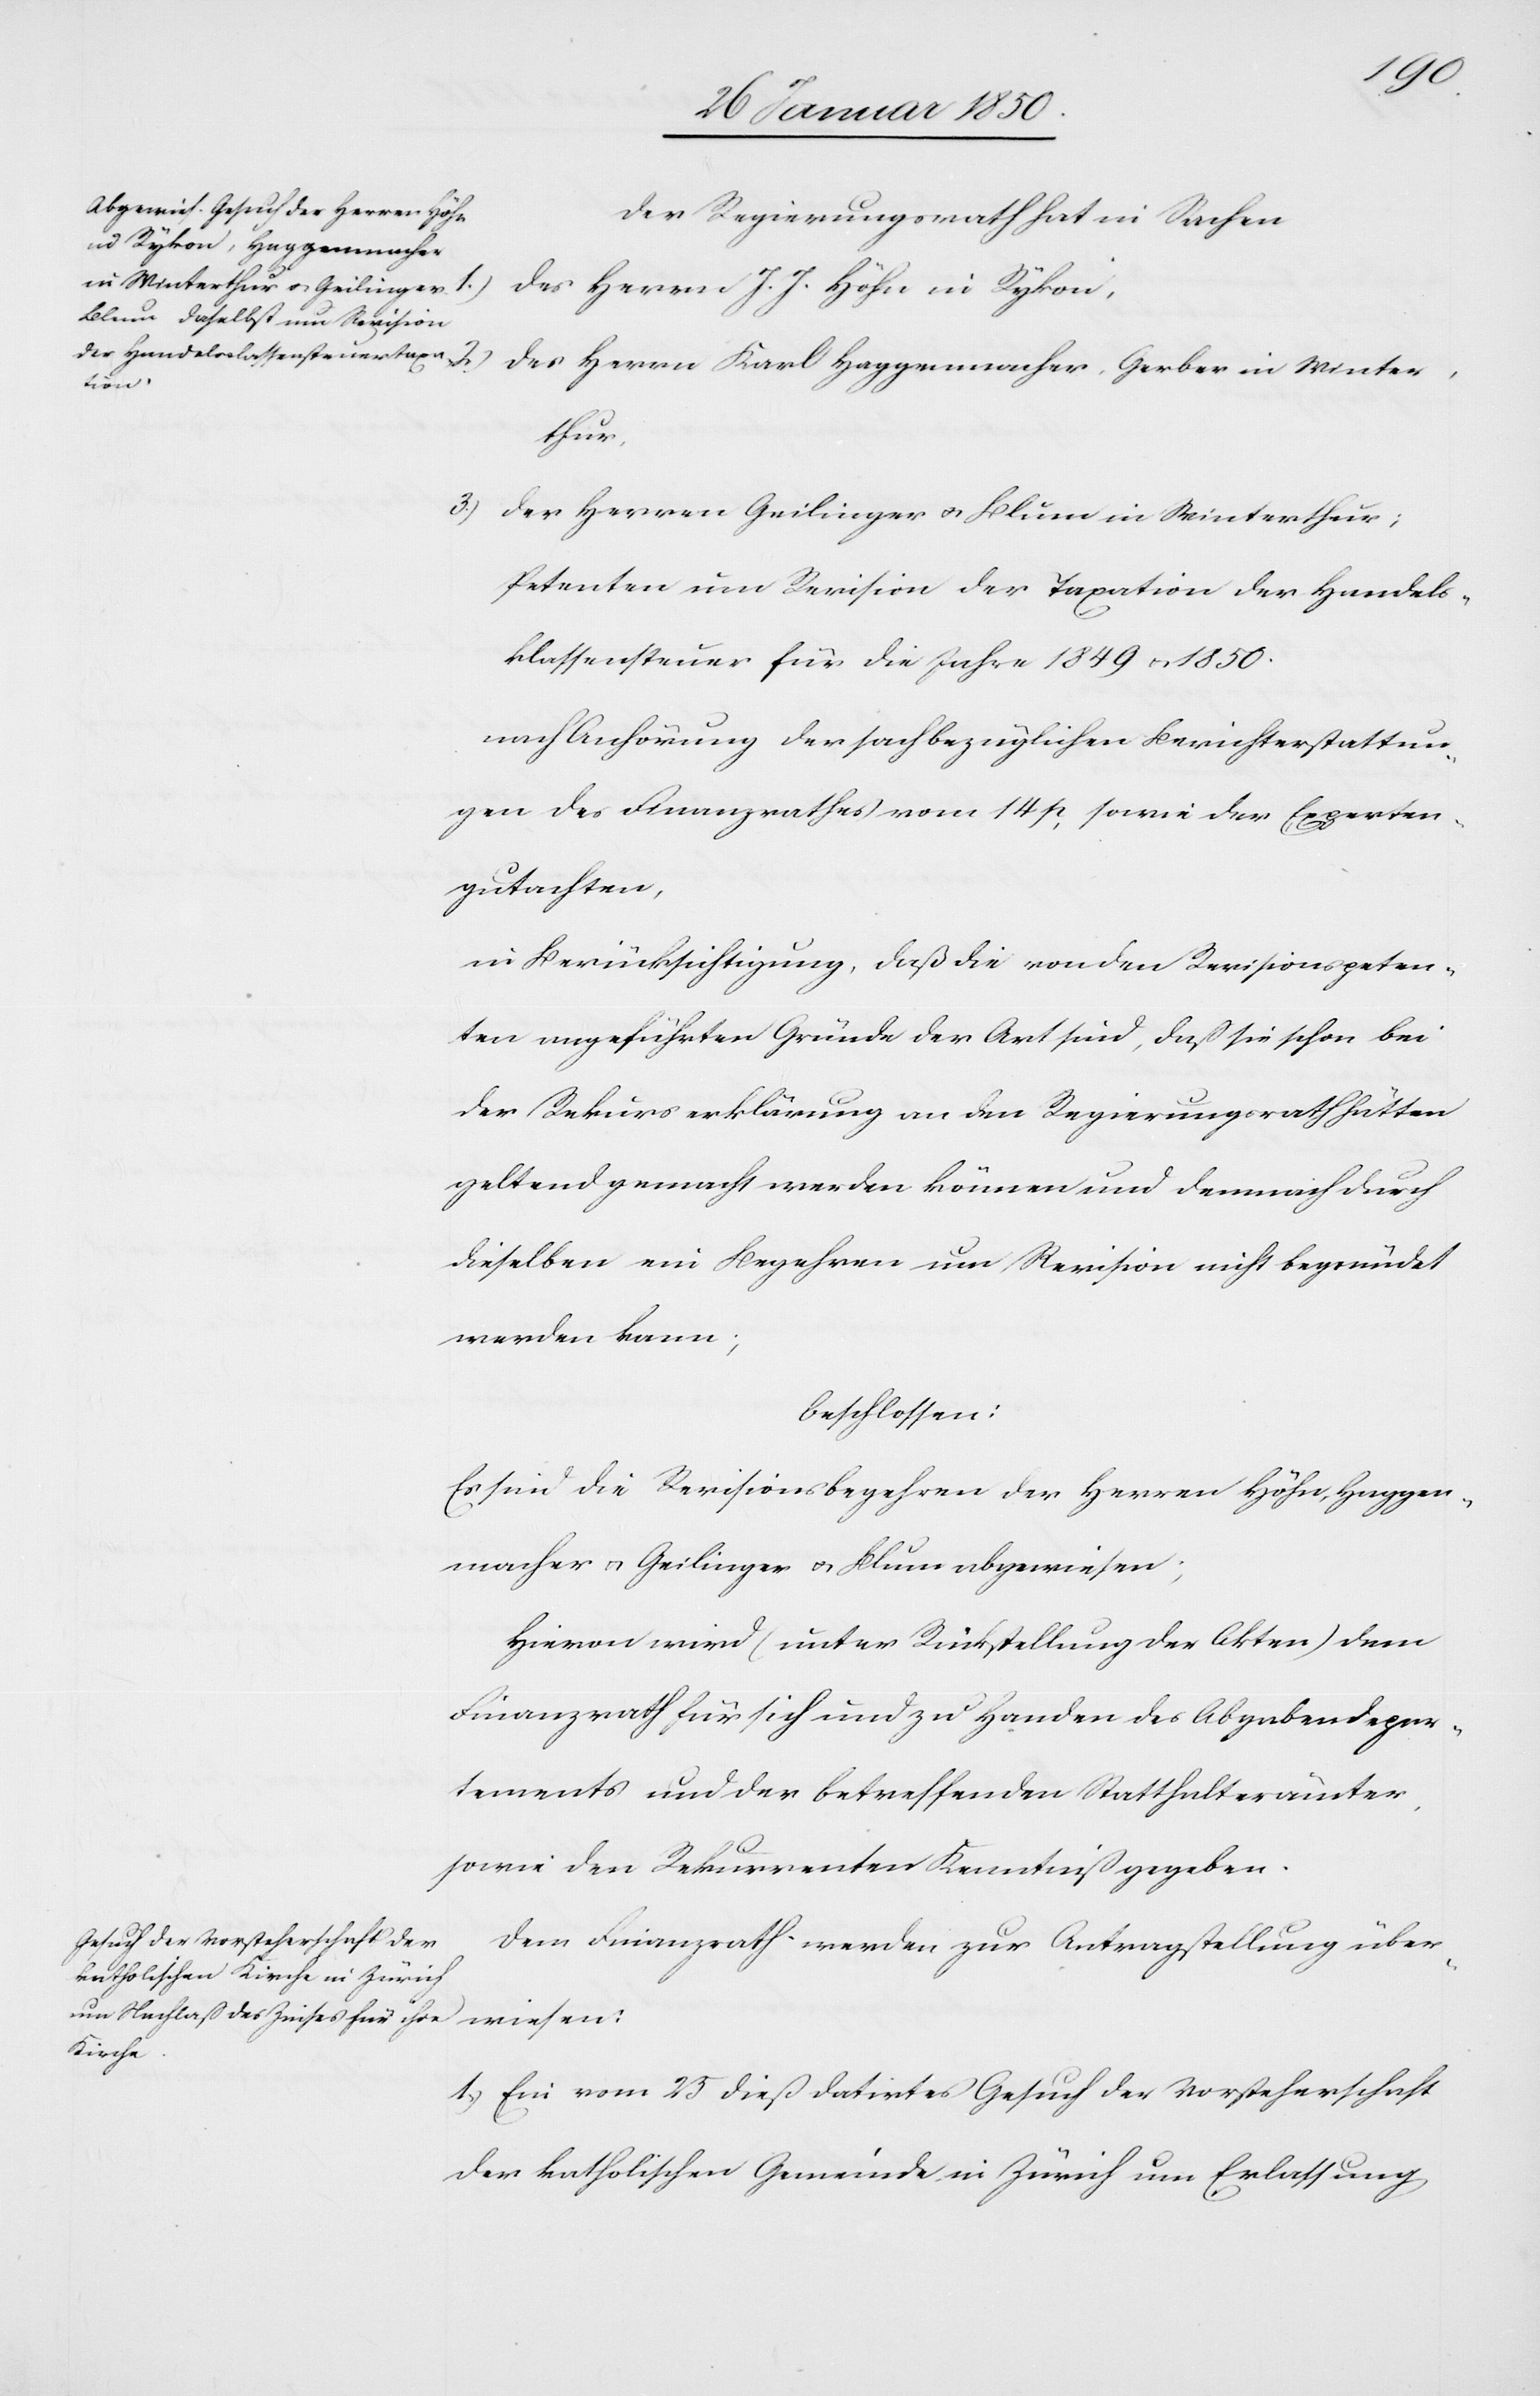
3.)

Der Regierungsrath hat in Sachen
Des Herrn J. J. Höhn in Rykon,
Des Herrn Karl Haggenmacher Gerber in Winter¬
thur,
Der Herren Geilinger u. Blum in Winterthur;
Petenten um Revision der Taxation der Handels¬
klassensteuer für die Jahre 1849 u. 1850.
nach Anhörung der sachbezüglichen Berichterstattun¬
gen des Finanzrathes vom 14 p. sowie der Experten¬
gutachten,
in Berücksichtigung, daß die von den Revisionspeten¬
ten angeführten Gründe der Art sind, daß sie schon bei
der Rekurserklärung an den Regierungsrath hätten
geltend gemacht werden können und demnach durch
dieselben ein Begehren um Revision nicht begründet
werden kann;
beschlossen:
Es sind die Revisionsbegehren der Herren Höhn, Haggen¬
macher und Geilinger u. Blum abgewiesen;
Hievon wird (unter Rückstellung der Akten) dem
Finanzrath für sich und zu Handen des Abgabendepar¬
tements und der betreffenden Statthalterämter,
sowie den Rekurrenten Kenntniß gegeben.
Dem Finanzrath werden zur Antragstellung über¬
wiesen:
1. Ein vom 25 dieß datirtes Gesuch der Vorsteherschaft
der katholischen Gemeinde in Zürich um Erlassung